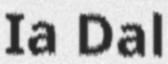
Ia Dal